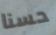
حسنا